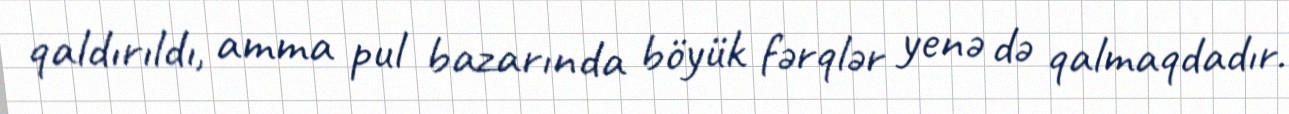
qaldırıldı, amma pul bazarında böyük fərqlər yenə də qalmaqdadır.